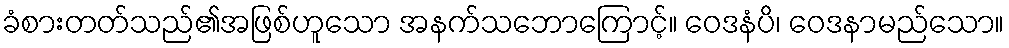
ခံစားတတ်သည်၏အဖြစ်ဟူသော အနက်သဘောကြောင့်။ ဝေဒနံပိ၊ ဝေဒနာမည်သော။